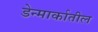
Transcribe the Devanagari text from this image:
डेन्मार्कातील